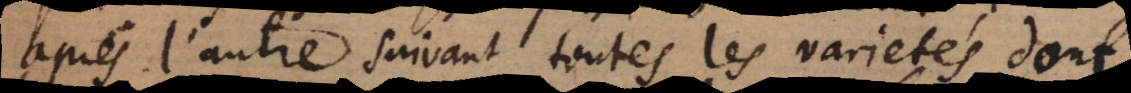
après l’autre suivant toutes les varietés dont